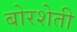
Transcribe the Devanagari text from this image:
बोरशेती